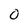
Character: 0